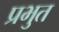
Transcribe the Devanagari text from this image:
प्रभुत